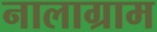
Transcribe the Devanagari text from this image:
नालाग्राम